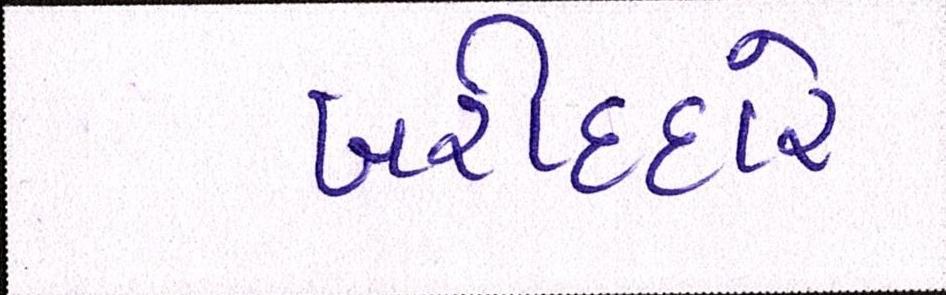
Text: ખરીદદારે